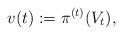
LaTeX: \begin{align*}v(t):=\pi^{(t)}(V_t),\end{align*}